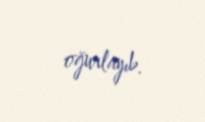
oğurlayıb.